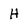
Character: H